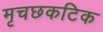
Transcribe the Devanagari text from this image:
मृचछकटिक